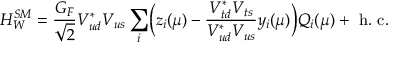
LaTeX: H _ { W } ^ { S M } = { \frac { G _ { F } } { \sqrt { 2 } } } V _ { u d } ^ { * } V _ { u s } \sum _ { i } \biggl ( z _ { i } ( \mu ) - { \frac { V _ { t d } ^ { * } V _ { t s } } { V _ { u d } ^ { * } V _ { u s } } } y _ { i } ( \mu ) \biggr ) Q _ { i } ( \mu ) + \mathrm { ~ h . ~ c . }